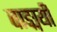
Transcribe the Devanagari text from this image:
वाङ्मयी